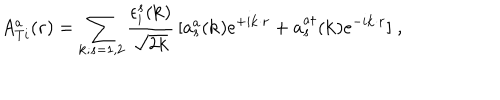
A _ { T i } ^ { a } ( { \bf { r } } ) = \sum _ { { \bf { k } } ; s = 1 , 2 } \frac { \epsilon _ { i } ^ { s } ( { \bf { k } } ) } { \sqrt { 2 k } } \, [ a _ { s } ^ { a } ( { \bf { k } } ) e ^ { + i { \bf { k } } \cdot { \bf { r } } } + a _ { s } ^ { a \dagger } ( { \bf { k } } ) e ^ { - i { \bf { k } } \cdot { \bf { r } } } ] \; ,